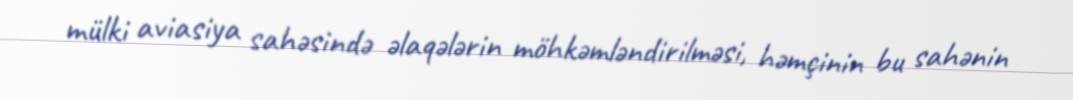
mülki aviasiya sahəsində əlaqələrin möhkəmləndirilməsi, həmçinin bu sahənin